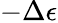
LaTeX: -\Delta\epsilon